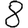
Digit: 8